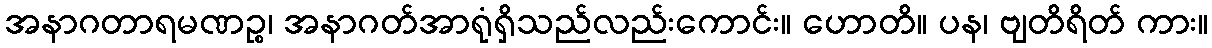
အနာဂတာရမဏဉ္စ၊ အနာဂတ်အာရုံရှိသည်လည်းကောင်း။ ဟောတိ။ ပန၊ ဗျတိရိတ် ကား။